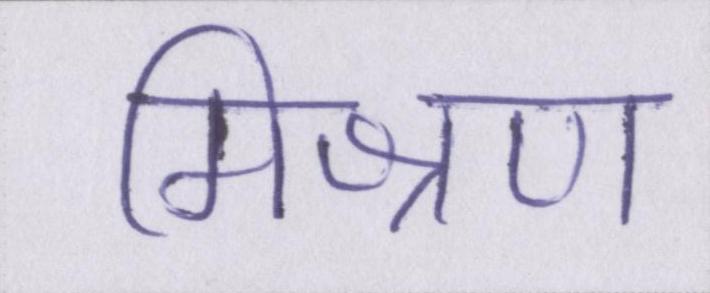
मिश्रण